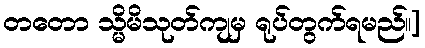
တတော သ္မိမိသုတ်ကျမှ ရုပ်တွက်ရမည်။]